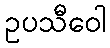
ဥပသီဝေါ